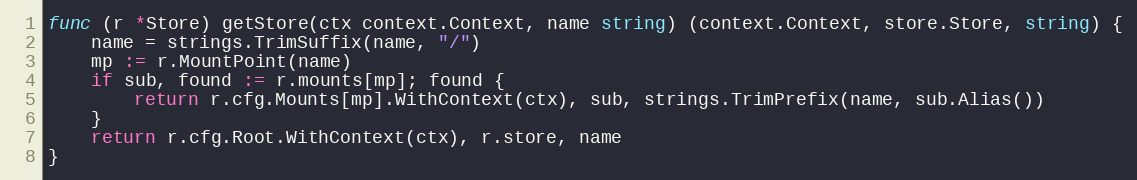
Language: Go
func (r *Store) getStore(ctx context.Context, name string) (context.Context, store.Store, string) {
	name = strings.TrimSuffix(name, "/")
	mp := r.MountPoint(name)
	if sub, found := r.mounts[mp]; found {
		return r.cfg.Mounts[mp].WithContext(ctx), sub, strings.TrimPrefix(name, sub.Alias())
	}
	return r.cfg.Root.WithContext(ctx), r.store, name
}